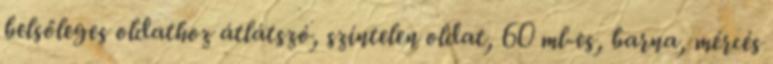
belsőleges oldathoz átlátszó, színtelen oldat, 60 ml-es, barna, mércés